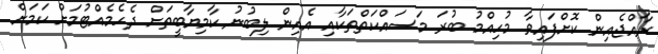
ރާއްޖެއިން ކޮށްފައިވާ މުހިއްމު ބުރަ މަސައްކަތްތަކާއި އެއިން ލިބުނު ކާމިޔާބީތަށް ދެހެމެއްޓުމަށް ކަމަށް